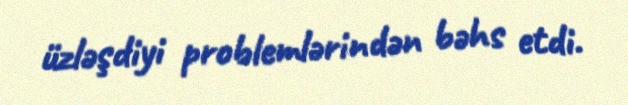
üzləşdiyi problemlərindən bəhs etdi.